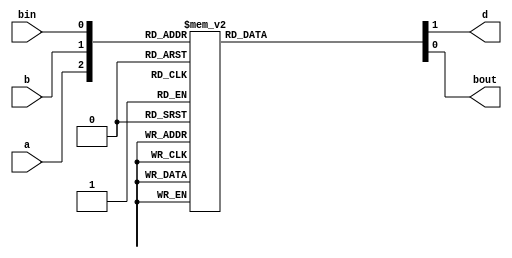
module fs_case(a,b,bin,d,bout
    );
	 input a,b,bin;
	 output reg d,bout;
	 always @(*)
	  begin
	   case({a,b,bin})
		 3'b000:{d,bout}=2'b00;
		 3'b001:{d,bout}=2'b11;
		 3'b010:{d,bout}=2'b11;
		 3'b011:{d,bout}=2'b01;
		 3'b100:{d,bout}=2'b10;
		 3'b101:{d,bout}=2'b00;
		 3'b110:{d,bout}=2'b00;
		 3'b111:{d,bout}=2'b11;
		 endcase
		 end


endmodule

module fs_case_tb;

	// Inputs
	reg a;
	reg b;
	reg bin;

	// Outputs
	wire d;
	wire bout;

	// Instantiate the Desogn Under Test (DUT)
	fs_case dut (a,b,bin,d,bout
	);

	initial begin
		// Initialize Inputs
		{a,b,bin}=3'b000;#50;
		{a,b,bin}=3'b001;#50;
		{a,b,bin}=3'b010;#50;
		{a,b,bin}=3'b011;#50;
		{a,b,bin}=3'b100;#50;
		{a,b,bin}=3'b101;#50;
		{a,b,bin}=3'b110;#50;
		{a,b,bin}=3'b111;#50;


	end
      
endmodule